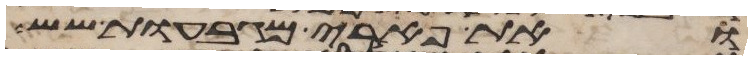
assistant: ואת פארי המגבעות שש